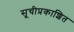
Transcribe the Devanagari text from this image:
सूचीप्रकाशित